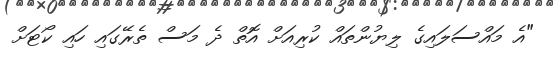
"އެ މައްސަލައިގެ ލިޔުންތައް ކުރިއަށް އޮތް ދެ މަސް ތެރޭގައި ހައި ކޯޓަށް